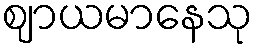
ဈာယမာနေသု